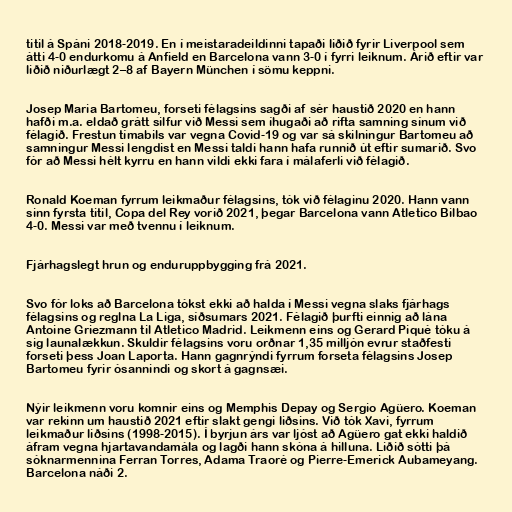
titil á Spáni 2018-2019. En í meistaradeildinni tapaði liðið fyrir Liverpool sem
átti 4-0 endurkomu á Anfield en Barcelona vann 3-0 í fyrri leiknum. Árið eftir var
liðið niðurlægt 2–8 af Bayern München í sömu keppni.

Josep Maria Bartomeu, forseti félagsins sagði af sér haustið 2020 en hann
hafði m.a. eldað grátt silfur við Messi sem íhugaði að rifta samning sínum við
félagið. Frestun tímabils var vegna Covid-19 og var sá skilningur Bartomeu að
samningur Messi lengdist en Messi taldi hann hafa runnið út eftir sumarið. Svo
fór að Messi hélt kyrru en hann vildi ekki fara í málaferli við félagið.

Ronald Koeman fyrrum leikmaður félagsins, tók við félaginu 2020. Hann vann
sinn fyrsta titil, Copa del Rey vorið 2021, þegar Barcelona vann Atletico Bilbao
4-0. Messi var með tvennu í leiknum.

Fjárhagslegt hrun og enduruppbygging frá 2021.

Svo fór loks að Barcelona tókst ekki að halda í Messi vegna slaks fjárhags
félagsins og reglna La Liga, síðsumars 2021. Félagið þurfti einnig að lána
Antoine Griezmann til Atletico Madrid. Leikmenn eins og Gerard Piqué tóku á
sig launalækkun. Skuldir félagsins voru orðnar 1,35 milljón evrur staðfesti
forseti þess Joan Laporta. Hann gagnrýndi fyrrum forseta félagsins Josep
Bartomeu fyrir ósannindi og skort á gagnsæi.

Nýir leikmenn voru komnir eins og Memphis Depay og Sergio Agüero. Koeman
var rekinn um haustið 2021 eftir slakt gengi liðsins. Við tók Xavi, fyrrum
leikmaður liðsins (1998-2015). Í byrjun árs var ljóst að Agüero gat ekki haldið
áfram vegna hjartavandamála og lagði hann skóna á hilluna. Liðið sótti þá
sóknarmennina Ferran Torres, Adama Traoré og Pierre-Emerick Aubameyang.
Barcelona náði 2.